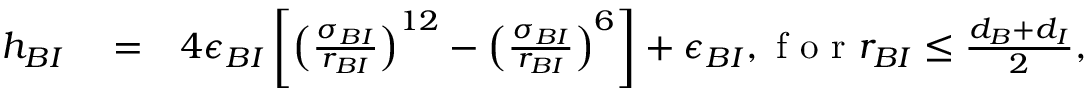
\begin{array} { r l r } { h _ { B I } } & { { } = } & { 4 \epsilon _ { B I } \left[ \left( \frac { \sigma _ { B I } } { r _ { B I } } \right) ^ { 1 2 } - \left( \frac { \sigma _ { B I } } { r _ { B I } } \right) ^ { 6 } \right] + \epsilon _ { B I } , \mathrm { ~ f ~ o ~ r ~ } r _ { B I } \leq \frac { d _ { B } + d _ { I } } { 2 } , } \end{array}